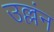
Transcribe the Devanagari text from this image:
उल्लंन